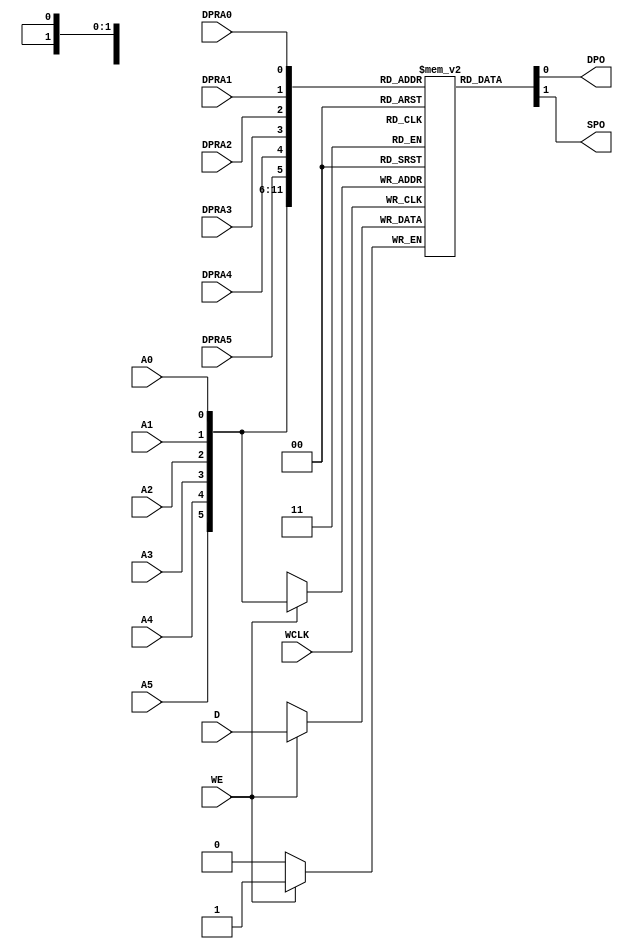
// $Header: /devl/xcs/repo/env/Databases/CAEInterfaces/verunilibs/s/RAM64X1D_1.v,v 1.8 2003/01/21 01:55:41 wloo Exp $

/*

FUNCTION	: 64x1 Dual Port Static RAM with synchronous write capability

*/

`timescale  100 ps / 10 ps


module RAM64X1D_1 (DPO, SPO, A0, A1, A2, A3, A4, A5, D, DPRA0, DPRA1, DPRA2, DPRA3, DPRA4, DPRA5, WCLK, WE);

    parameter INIT = 64'h0000000000000000;

    output DPO, SPO;

    input  A0, A1, A2, A3, A4, A5, D, DPRA0, DPRA1, DPRA2, DPRA3, DPRA4, DPRA5, WCLK, WE;

    reg  mem [63:0];
    reg  [6:0] count;
    wire [5:0] adr;
    wire [5:0] dpr_adr;
    wire d_in, wclk_in, we_in;

    buf b_d    (d_in, D);
    buf b_wclk (wclk_in, WCLK);
    buf b_we   (we_in, WE);

    buf b_a5 (adr[5], A5);
    buf b_a4 (adr[4], A4);
    buf b_a3 (adr[3], A3);
    buf b_a2 (adr[2], A2);
    buf b_a1 (adr[1], A1);
    buf b_a0 (adr[0], A0);

    buf b_d5 (dpr_adr[5], DPRA5);
    buf b_d4 (dpr_adr[4], DPRA4);
    buf b_d3 (dpr_adr[3], DPRA3);
    buf b_d2 (dpr_adr[2], DPRA2);
    buf b_d1 (dpr_adr[1], DPRA1);
    buf b_d0 (dpr_adr[0], DPRA0);

    buf b_spo (SPO, spo_int);
    buf b_dpo (DPO, dpo_int);

    buf b_spo_int (spo_int, mem[adr]);
    buf b_dpo_int (dpo_int, mem[dpr_adr]);

    initial begin
	for (count = 0; count < 64; count = count + 1)
	    mem[count] <= INIT[count];

    end

    always @(negedge wclk_in) begin
	if (we_in == 1'b1)
	    mem[adr] <= d_in;
    end

    specify
	if (WE)
	    (WCLK => SPO) = (0, 0);
	if (WE)
	    (WCLK => DPO) = (0, 0);

	(A5 => SPO) = (0, 0);
	(A4 => SPO) = (0, 0);
	(A3 => SPO) = (0, 0);
	(A2 => SPO) = (0, 0);
	(A1 => SPO) = (0, 0);
	(A0 => SPO) = (0, 0);

	(DPRA5 => DPO) = (0, 0);
	(DPRA4 => DPO) = (0, 0);
	(DPRA3 => DPO) = (0, 0);
	(DPRA2 => DPO) = (0, 0);
	(DPRA1 => DPO) = (0, 0);
	(DPRA0 => DPO) = (0, 0);
    endspecify

endmodule